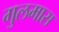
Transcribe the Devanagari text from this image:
गुलमास